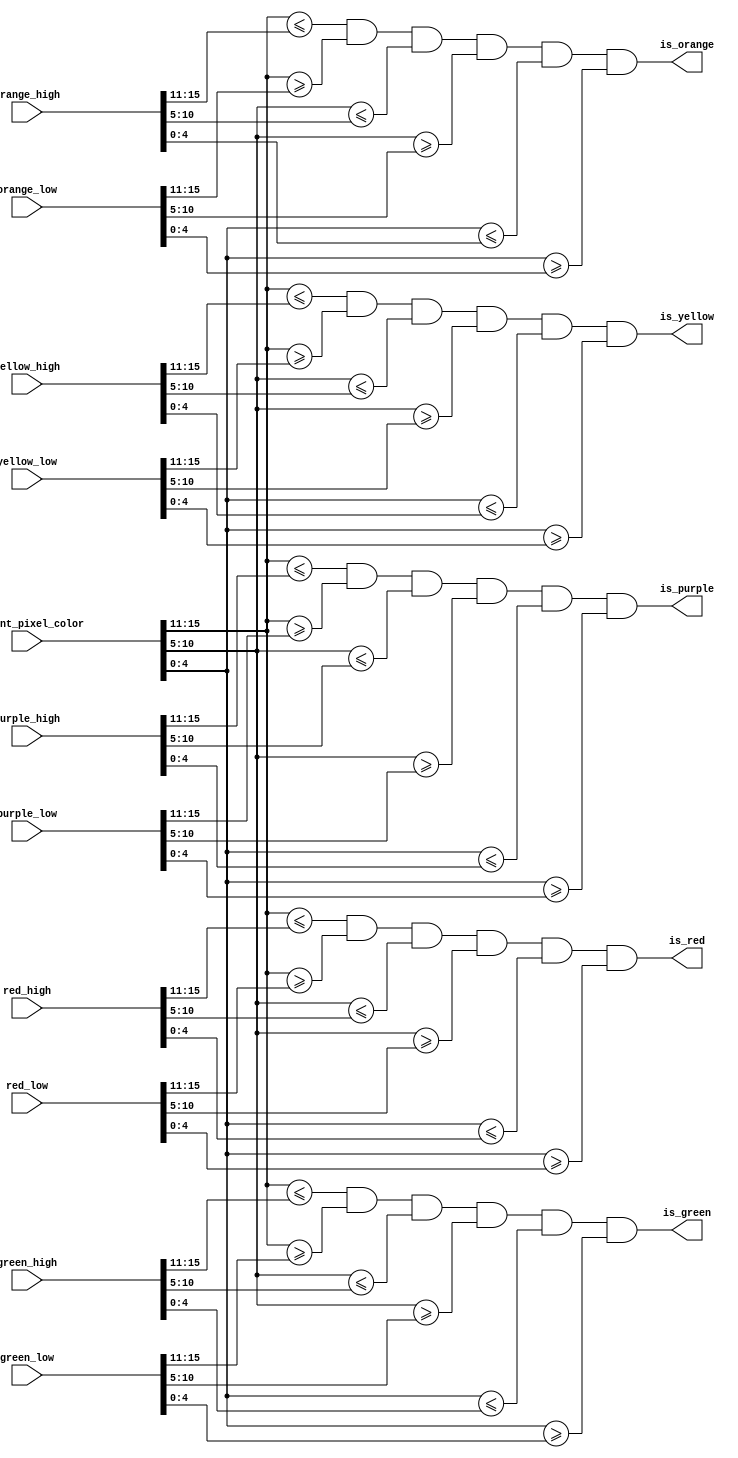
/*********************************************************************************************************
Claire Chen and Mark Zhao
ECE 5760, Spring 2017

Description: Perform color thresholding for all target colors
*********************************************************************************************************/

module color_thresholds (
	red_high,
	red_low,
	green_high,
	green_low,
	orange_high,
	orange_low,
	yellow_high,
	yellow_low,
	purple_high,
	purple_low,
	current_pixel_color,
	is_red,
	is_green,
	is_orange,
	is_yellow,
	is_purple
);

	// Threshold high and low values are from PIO ports
	input [15:0] red_high;
	input [15:0] red_low;
	input [15:0] green_high;
	input [15:0] green_low;
	input [15:0] orange_high;
	input [15:0] orange_low;
	input [15:0] yellow_high;
	input [15:0] yellow_low;
	input [15:0] purple_high;
	input [15:0] purple_low;

	// Video-in data
	input [15:0] current_pixel_color;
	
	output is_red, is_green, is_orange, is_yellow, is_purple;
	
	// RGB fields of all 16-bit threshold values and current pixel color
	wire [4:0] red_high_R, red_high_B;
	wire [5:0] red_high_G;
	wire [4:0] red_low_R, red_low_B;
	wire [5:0] red_low_G;
	
	wire [4:0] green_high_R, green_high_B;
	wire [5:0] green_high_G;
	wire [4:0] green_low_R,green_low_B;
	wire [5:0] green_low_G;
	
	wire [4:0] orange_high_R, orange_high_B;
	wire [5:0] orange_high_G;
	wire [4:0] orange_low_R, orange_low_B;
	wire [5:0] orange_low_G;
	
	wire [4:0] yellow_high_R, yellow_high_B;
	wire [5:0] yellow_high_G;
	wire [4:0] yellow_low_R, yellow_low_B;
	wire [5:0] yellow_low_G;
	
	wire [4:0] purple_high_R, purple_high_B;
	wire [5:0] purple_high_G;
	wire [4:0] purple_low_R, purple_low_B;
	wire [5:0] purple_low_G;

	wire [4:0] current_pixel_color_R, current_pixel_color_B;
	wire [5:0] current_pixel_color_G;

	assign red_high_R = red_high[15:11];
	assign red_high_G = red_high[10:5];
	assign red_high_B = red_high[4:0];

	assign red_low_R = red_low[15:11];
	assign red_low_G = red_low[10:5];
	assign red_low_B = red_low[4:0];
	
	assign green_high_R = green_high[15:11];
	assign green_high_G = green_high[10:5];
	assign green_high_B = green_high[4:0];

	assign green_low_R = green_low[15:11];
	assign green_low_G = green_low[10:5];
	assign green_low_B = green_low[4:0];
	
	assign orange_high_R = orange_high[15:11];
	assign orange_high_G = orange_high[10:5];
	assign orange_high_B = orange_high[4:0];

	assign orange_low_R = orange_low[15:11];
	assign orange_low_G = orange_low[10:5];
	assign orange_low_B = orange_low[4:0];
	
	assign yellow_high_R = yellow_high[15:11];
	assign yellow_high_G = yellow_high[10:5];
	assign yellow_high_B = yellow_high[4:0];

	assign yellow_low_R = yellow_low[15:11];
	assign yellow_low_G = yellow_low[10:5];
	assign yellow_low_B = yellow_low[4:0];
	
	assign purple_high_R = purple_high[15:11];
	assign purple_high_G = purple_high[10:5];
	assign purple_high_B = purple_high[4:0];

	assign purple_low_R = purple_low[15:11];
	assign purple_low_G = purple_low[10:5];
	assign purple_low_B = purple_low[4:0];

	assign current_pixel_color_R = current_pixel_color[15:11];
	assign current_pixel_color_G = current_pixel_color[10:5];
	assign current_pixel_color_B = current_pixel_color[4:0];

	// Check to see if current pixel color RGB values fall within color ranges

	assign is_red = (current_pixel_color_R <= red_high_R) 
						&& (current_pixel_color_R >= red_low_R)
						&& (current_pixel_color_G <= red_high_G)
						&& (current_pixel_color_G >= red_low_G)
						&& (current_pixel_color_B <= red_high_B)
						&& (current_pixel_color_B >= red_low_B);
						
	assign is_green = (current_pixel_color_R <= green_high_R) 
						&& (current_pixel_color_R >= green_low_R)
						&& (current_pixel_color_G <= green_high_G)
						&& (current_pixel_color_G >= green_low_G)
						&& (current_pixel_color_B <= green_high_B)
						&& (current_pixel_color_B >= green_low_B);

	assign is_orange = (current_pixel_color_R <= orange_high_R) 
						&& (current_pixel_color_R >= orange_low_R)
						&& (current_pixel_color_G <= orange_high_G)
						&& (current_pixel_color_G >= orange_low_G)
						&& (current_pixel_color_B <= orange_high_B)
						&& (current_pixel_color_B >= orange_low_B);

	assign is_yellow = (current_pixel_color_R <= yellow_high_R) 
						&& (current_pixel_color_R >= yellow_low_R)
						&& (current_pixel_color_G <= yellow_high_G)
						&& (current_pixel_color_G >= yellow_low_G)
						&& (current_pixel_color_B <= yellow_high_B)
						&& (current_pixel_color_B >= yellow_low_B);

	assign is_purple = (current_pixel_color_R <= purple_high_R) 
						&& (current_pixel_color_R >= purple_low_R)
						&& (current_pixel_color_G <= purple_high_G)
						&& (current_pixel_color_G >= purple_low_G)
						&& (current_pixel_color_B <= purple_high_B)
						&& (current_pixel_color_B >= purple_low_B);					
endmodule